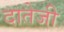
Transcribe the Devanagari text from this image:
दातेजी